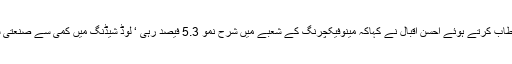
جمعہ کو پریس کانفرنس سے خطاب کرتے ہوئے احسن اقبال نے کہاکہ مینوفیکچرنگ کے شعبے میں شرح نمو 5.3 فیصد رہی ‘ لوڈ شیڈنگ میں کمی سے صنعتی شعبے کی کارکردگی بہتر ہوئی۔